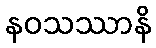
နဝသဿာနိ